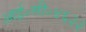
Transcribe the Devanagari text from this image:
आई॰सी॰४६३३